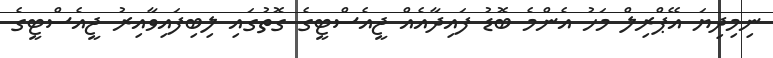
ނިމިދިޔަ އޭޕްރިލް މަހު އެންމެ ބޮޑު ފައިދާއެއް ޖީއެސްޓީގެ ގޮތުގައި ލިބިފައިވާއިރު ޖީއެސްޓީގެ